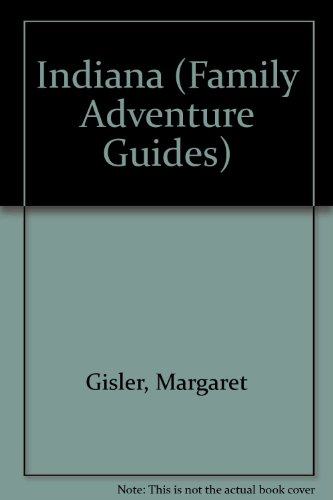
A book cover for Indiana Family Adventure Guide; Margaret Gisler; Travel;